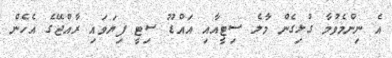
އެ ނިންމެވުމާ ގުޅިގެން މާލެ ސިޓީއާއި އައްޑޫ ސިޓީ ފިޔަވައި ރާއްޖޭގެ އެހެން